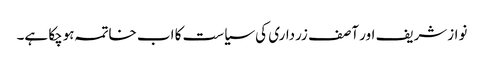
نوازشریف اور آصف زرداری کی سیاست کا اب خاتمہ ہوچکا ہے۔